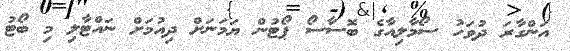
އަންގާރަ ދުވަހު ސޯމާލިއާގެ ބޮސާސޯ ޕޯޓުން ޔަމަނަށް ދިއުމަށް ނައްޓާލި މި ބޯޓު